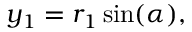
\begin{array} { r } { y _ { 1 } = r _ { 1 } \sin ( \alpha ) , } \end{array}